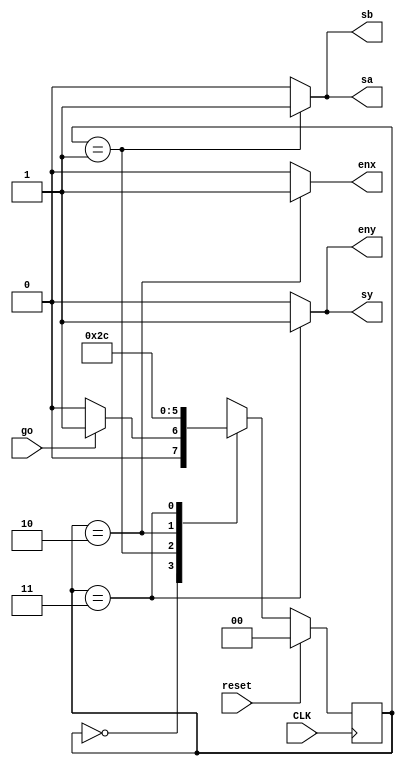
module add_control(
	input go,
	input	reset,
	input	CLK,
	output reg enx,
	output reg eny,
	output reg sa,
	output reg sb,
	output reg sy

);




localparam 	S0 = 2'd0,
				S1 = 2'd1,
				S2 = 2'd2,
				S3 = 2'd3;
				
reg	[1:0] present_state;
reg	[1:0] next_state = S0;


//State Register
always @(posedge CLK)
	begin
	if(reset)
		present_state <= S0;
	else
		present_state <= next_state;
	end

//Next State Logic
always @(*)
	begin
		next_state = S0;
		case(present_state)
				
				S0:
					begin
					if(go)
						next_state = S1;			
					end
					
				
				S1:
					begin
						next_state = S2;
					end
					
				
				S2:
					begin
						next_state = S3;
					end
					
				
				S3:
					begin
					next_state = S0;
					end
					
				
				
			endcase
	end

//Outputs
always @(*)
		begin
			sa 		= 1'b0;
			sb 		= 1'b0;
			sy 		= 1'b0;
			enx 		= 1'b0;
			eny 		= 1'b0;
			case(present_state)
							
				S1:
					begin
					sa = 1'b1;
					sb = 1'b1;
					end
								
				
				S2:
					begin
					enx 	= 1'b1;
					sa = 1'b0;
					sb = 1'b0;
					end
					
				
				S3:
					begin	
			
					eny 	= 1'b1;
					enx 	= 1'b0;
					sy 	= 1'b1;
					end
						
			endcase
			
		end				


endmodule